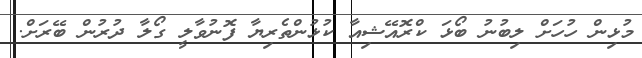
މުޅިން ހުހަށް ލިބުނު ބޯޅަ ކްރޮއޭޝިއާ ކުޅުންތެރިޔާ ފޮނުވާލީ ގޯލާ ދުރުން ބޭރަށް.